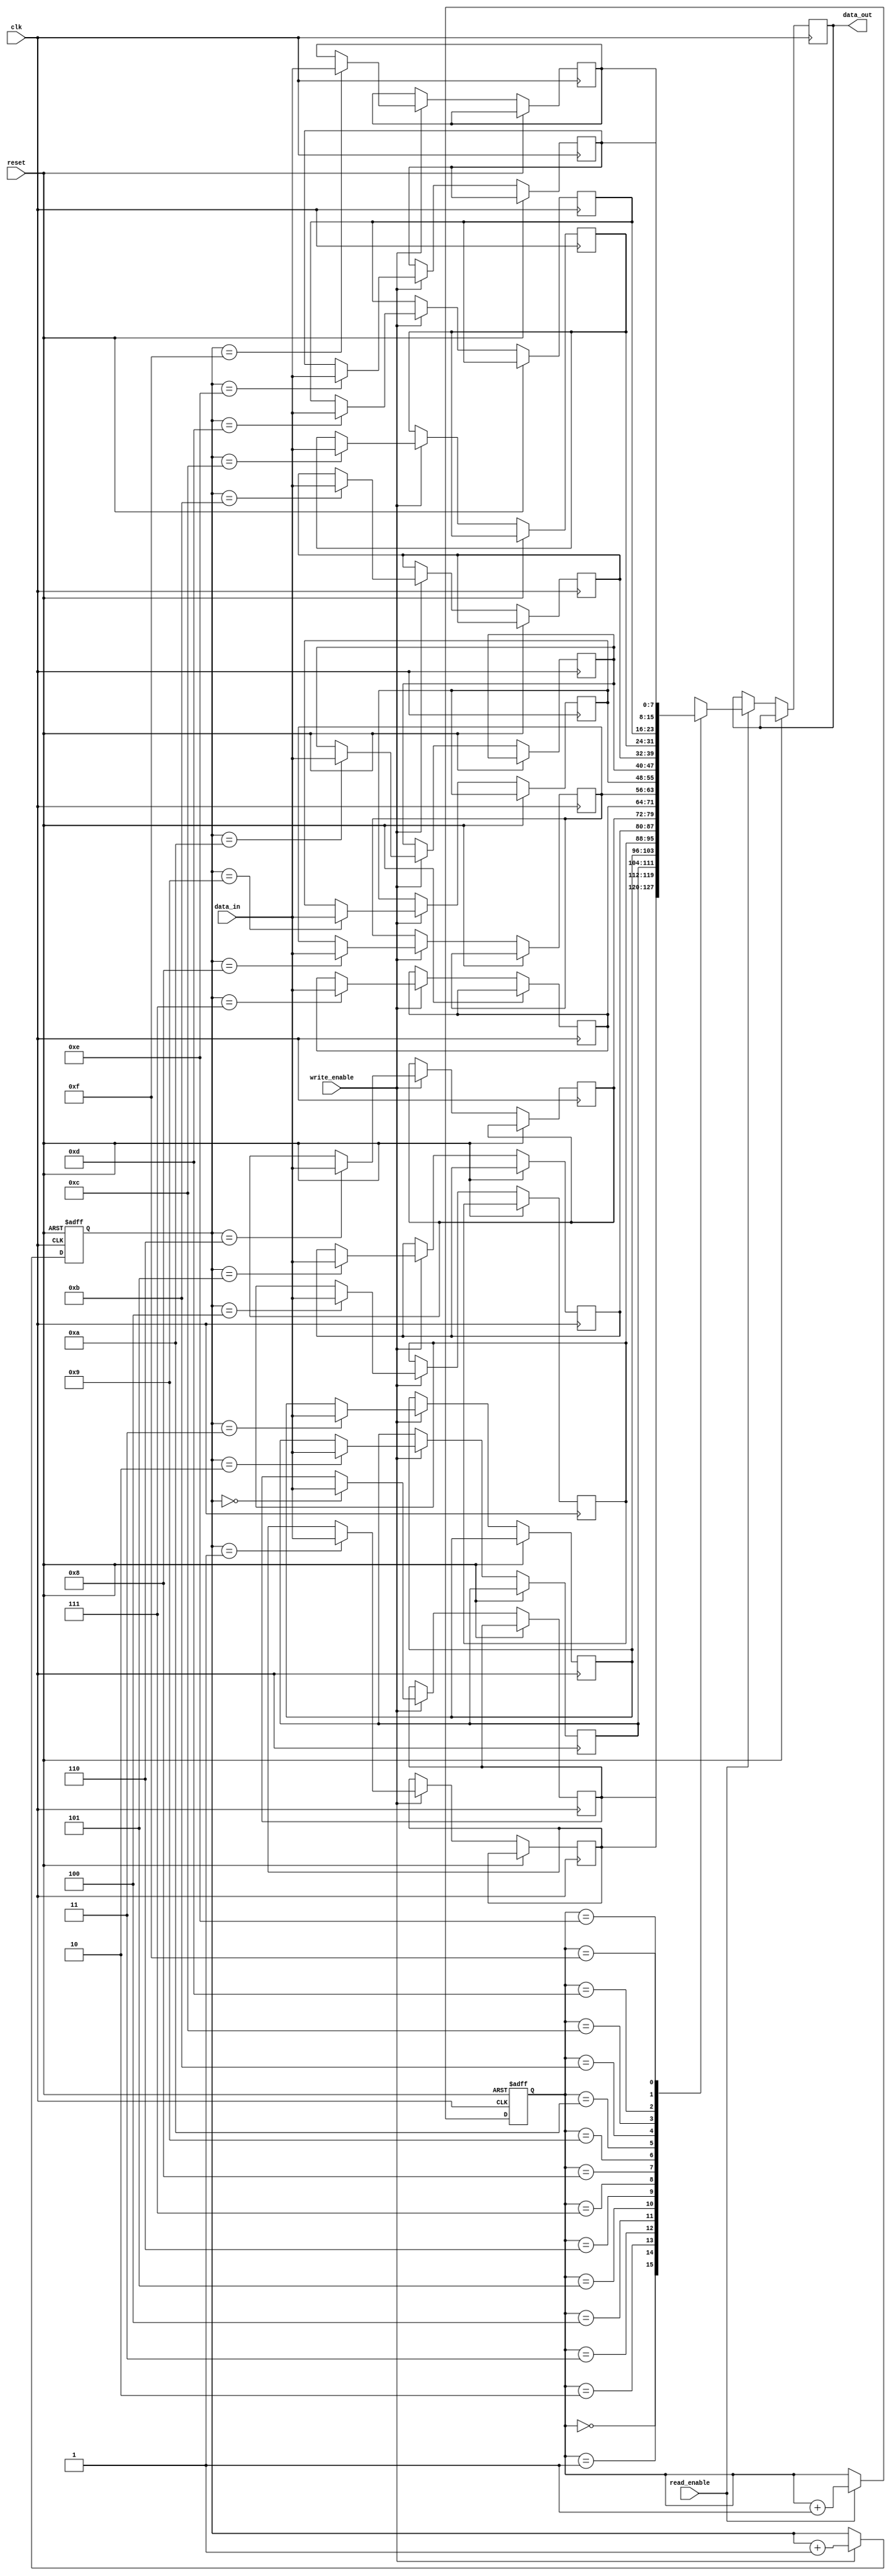
module synchronous_fifo (
    input wire clk,
    input wire reset,
    input wire write_enable,
    input wire read_enable,
    input wire [7:0] data_in,
    output reg [7:0] data_out
);
 
parameter DEPTH = 16;
 
reg [7:0] memory [0:DEPTH-1];
reg [3:0] write_pointer = 0;
reg [3:0] read_pointer = 0;
 
always @(posedge clk or posedge reset) begin
    if (reset) begin
        write_pointer <= 0;
        read_pointer <= 0;
    end else begin
        if (write_enable) begin
            memory[write_pointer] <= data_in;
            write_pointer <= write_pointer + 1;
        end
        if (read_enable) begin
            data_out <= memory[read_pointer];
            read_pointer <= read_pointer + 1;
        end
    end
end
 
endmodule